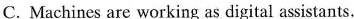
C. Machines are working as digital assistants.